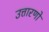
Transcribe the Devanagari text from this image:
उत्तारणो